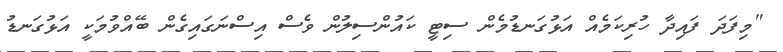
"މިފަދަ ފައިދާ ހުރިކަމެއް އަޅުގަނޑުމެން ސިޓީ ކައުންސިލުން ވެސް އިސްނަގައިގެން ބޭއްވުމަކީ އަޅުގަނޑު